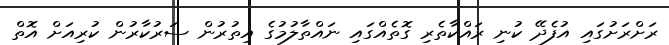
ރަށްރަށުގައި އުފެދޭ ކުނި ރައްކާތެރި ގޮތެއްގައި ނައްތާލުމުގެ އިތުރުން ސަރުކާރުން ކުރިއަށް އޮތް